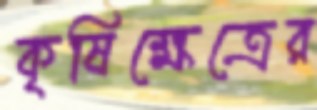
কৃষিক্ষেত্রের